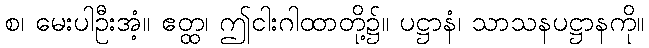
စ၊ မေးပါဦးအံ့။ ဧတ္ထ၊ ဤငါးဂါထာတို့၌။ ပဋ္ဌာနံ၊ သာသနပဋ္ဌာနကို။